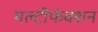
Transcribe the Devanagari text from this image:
मल्टीफंक्शन